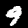
Digit: 9